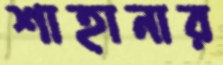
শাহানার